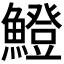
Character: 𫙼